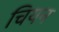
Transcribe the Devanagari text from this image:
चियन